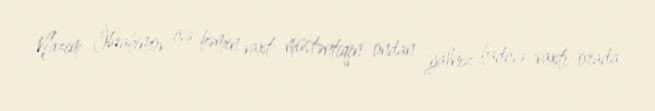
Nazim İbrahimov isə həmin vaxt müstəntiqin ondan yalnız hadisə vaxtı orada